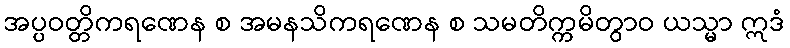
အပ္ပဝတ္တိကရဏေန စ အမနသိကရဏေန စ သမတိက္ကမိတွာဝ ယသ္မာ ဣဒံ